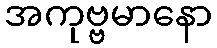
အကုဗ္ဗမာနော